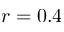
r = 0 . 4